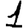
Digit: 1